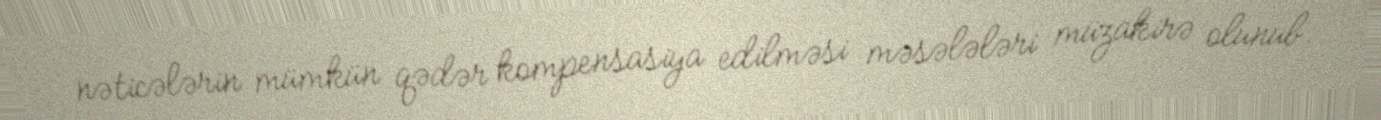
nəticələrin mümkün qədər kompensasiya edilməsi məsələləri müzakirə olunub.